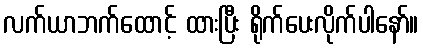
လက်ယာဘက်ထောင့် ထားပြီး ရိုက်ပေးလိုက်ပါနော်။